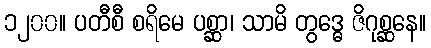
၁၂၀၀။ ပတီစီ စရိမေ ပစ္ဆာ၊ သာမိ တွဒ္ဓေ ဇိဂုစ္ဆနေ။